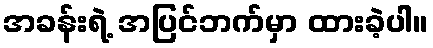
အခန်းရဲ့ အပြင်ဘက်မှာ ထားခဲ့ပါ။